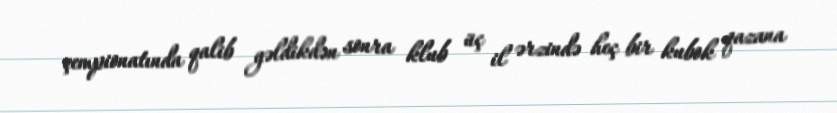
çempionatında qalib gəldikdən sonra klub üç il ərzində heç bir kubok qazana